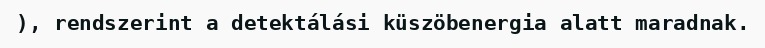
), rendszerint a detektálási küszöbenergia alatt maradnak.